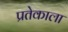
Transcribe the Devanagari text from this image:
प्रतेकाला